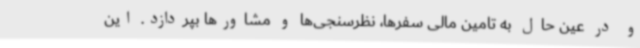
و در عین حال به تامین مالی سفرها، نظرسنجی‌ها و مشاورها بپردازد. این